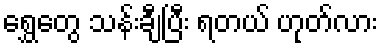
ရွှေတွေ သန်းချီပြီး ရတယ် ဟုတ်လား